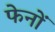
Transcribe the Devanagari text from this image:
फेनों